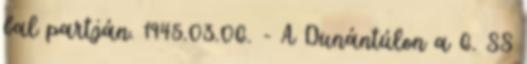
bal partján. 1945.03.06. - A Dunántúlon a 6. SS